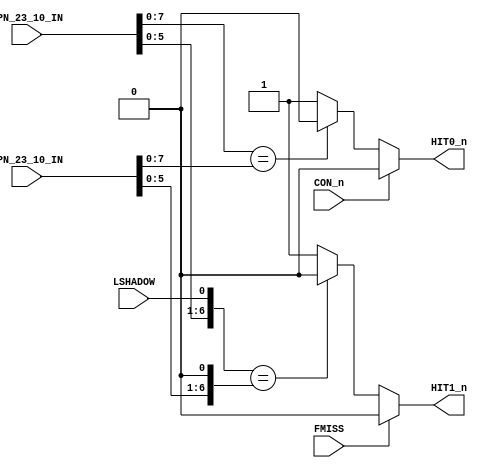
/**************************************************************************
** ND120 CPU, MM&M                                                       **
** CPU/MMU/HIT                                                           **
** HIT DETECTOR                                                          **
** SHEET 27 of 50                                                        **
**                                                                       ** 
** Last reviewed: 21-APRIL-2024                                          **
** Ronny Hansen                                                          **
***************************************************************************/


module CPU_MMU_HIT_27( 
                       input [13:0] PPN_23_10_IN,
                       input [13:0] CPN_23_10_IN,                                                                     
                       input        LSHADOW,
                       input        FMISS,
                       input        CON_n,

                       output wire HIT0_n,
                       output wire HIT1_n
                     );


// Register to store the calculated HIT value
reg HIT0n_reg;
reg HIT1n_reg;


// Temporary signals for comparison
reg [7:0] PPN_HI;
reg [7:0] CPN_HI;


// HIT0 is false if PPN_23_10[7:0] == CPN_23_10[7:0]
always @(*) begin
   HIT0n_reg = (PPN_23_10_IN[7:0] == CPN_23_10_IN[7:0]) ? 1'b0 : 1'b1;
end


// HIT0 is true if PPN_23_10[5:0] != CPN_23_10[5:0] and LSHADOW is false
always @(*) begin
   // Construct PPN_HI
   PPN_HI[7:2] = PPN_23_10_IN[5:0];
   PPN_HI[1] = LSHADOW;
   PPN_HI[0] = 1'b0;
   
   // Construct CPN_HI
   CPN_HI[7:2] = CPN_23_10_IN[5:0];
   CPN_HI[1:0] = 2'b00; // Set both bits to 0

   HIT1n_reg = (PPN_HI == CPN_HI) ? 1'b0 : 1'b1;
end


assign HIT0_n = CON_n ? 1'b0 : HIT0n_reg;
assign HIT1_n = FMISS ? 1'b0 : HIT1n_reg;


endmodule